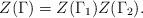
LaTeX: \begin{align*}Z(\Gamma)=Z(\Gamma_1) Z(\Gamma_2).\end{align*}